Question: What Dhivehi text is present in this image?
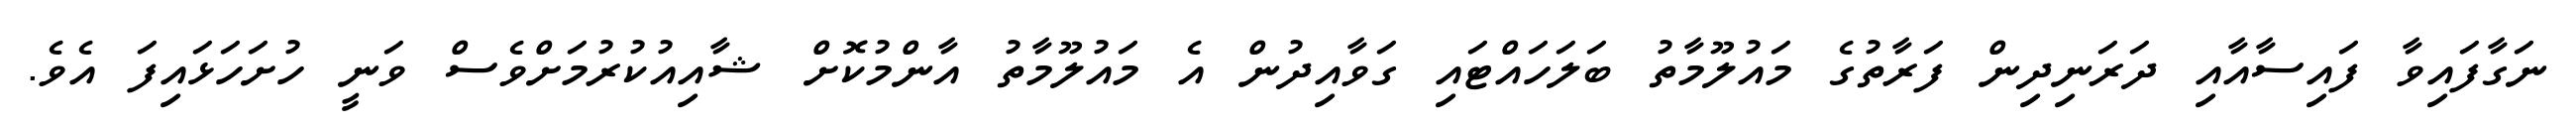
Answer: ނަގާފައިވާ ފައިސާއާއި ދަރަނިދިން ފަރާތުގެ މައުލޫމާތު ބަލަހައްޓައި ގަވާއިދުން އެ މައުލޫމާތު އާންމުކޮށް ޝާއިއުކުރުމަށްވެސް ވަނީ ހުށަހަޅައިފަ އެވެ.